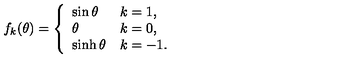
f _ { k } ( \theta ) = \left\{ \begin{array} { l l } { \sin \theta } & { k = 1 , } \\ { \theta } & { k = 0 , } \\ { \sinh \theta } & { k = - 1 . } \\ \end{array} \right.